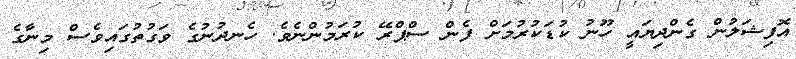
އޮފިޝަލުން ގެންދިޔައީ ހޫނު ކުޑަކުރުމަށް ފެން ސްޕްރޭ ކުރަމުންނެވެ. ހެނދުނުގެ ވަގުތުގައިވެސް މިނާގެ